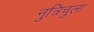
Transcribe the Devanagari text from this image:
नुत्रिचुला